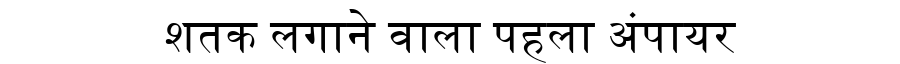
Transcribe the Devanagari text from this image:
शतक लगाने वाला पहला अंपायर